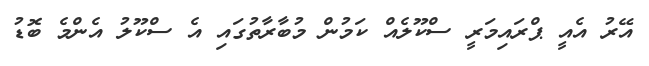
އޭރު އެއީ ޕްރައިމަރީ ސްކޫލެއް ކަމުން މުބާރާތުގައި އެ ސްކޫލު އެންމެ ބޮޑު